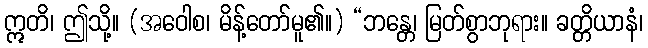
ဣတိ၊ ဤသို့။ (အဝေါစ၊ မိန့်တော်မူ၏။) “ဘန္တေ၊ မြတ်စွာဘုရား။ ခတ္တိယာနံ၊